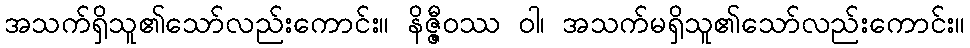
အသက်ရှိသူ၏သော်လည်းကောင်း။ နိဇ္ဇီဝဿ ဝါ၊ အသက်မရှိသူ၏သော်လည်းကောင်း။